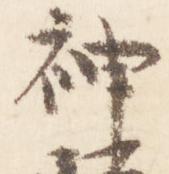
神